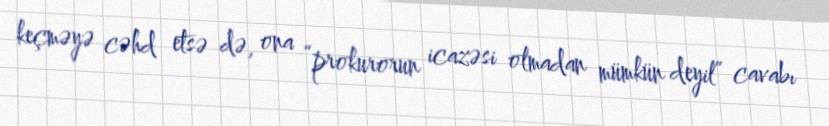
keçməyə cəhd etsə də, ona “prokurorun icazəsi olmadan mümkün deyil” cavabı